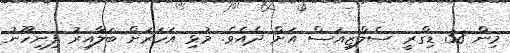
މިން 38 ޑިގްރީ ސެލްޒިއަސް އަށް ދެއެވެ. މުޅި އަަހަރަށް ބަލާއިރު ފިނިހޫނު